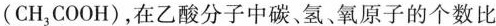
(CH_{3}COOH)，在乙酸分子中碳、氢、氧原子的个数比